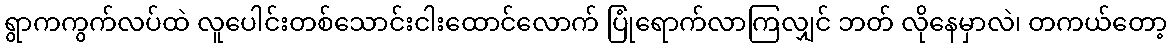
ရွာကကွက်လပ်ထဲ လူပေါင်းတစ်သောင်းငါးထောင်လောက် ပြုံရောက်လာကြလျှင် ဘတ် လိုနေမှာလဲ၊ တကယ်တော့